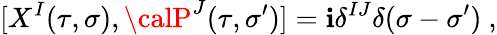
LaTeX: [X^{I}(\tau,\sigma),{\calP}^{J}(\tau,\sigma^{\prime})]=\mathbf{i}\delta^{IJ}\delta(\sigma-\sigma^{\prime})~,